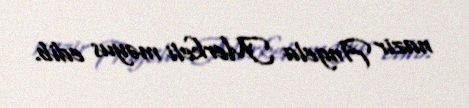
nazir Angela Merkeli məyus edib.